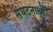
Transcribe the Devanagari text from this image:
संघटनाओ